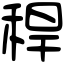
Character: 稈